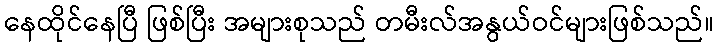
နေထိုင်နေပြီ ဖြစ်ပြီး အများစုသည် တမီးလ်အနွယ်ဝင်များဖြစ်သည်။